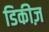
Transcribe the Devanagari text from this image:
डिकीज़